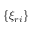
\{ \xi _ { r i } \}